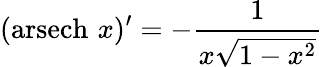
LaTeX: (\operatorname{arsech}\, x)^{\prime}=-{\frac{1}{x{\sqrt{1-x^{2}}}}}